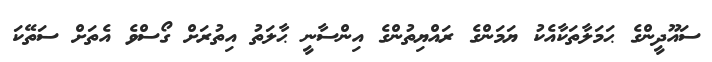
ސައޫދީންގެ ޙަމަލާތަކާއެކު ޔަމަންގެ ރައްޔިތުންގެ އިންސާނީ ޙާލަތު އިތުރަށް ގޯސްވެ އެތަށް ސަތޭކަ